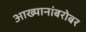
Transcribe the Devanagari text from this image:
आख्यानांबरोबर